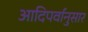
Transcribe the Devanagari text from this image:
आदिपर्वानुसार